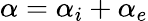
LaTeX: \alpha=\alpha_{i}+\alpha_{e}